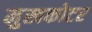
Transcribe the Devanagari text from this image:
मुखकोटर